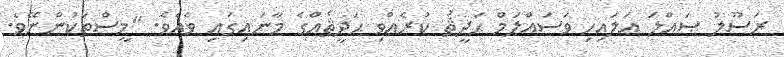
ރަސޫލު ޞައްލަ ޢަލައިހި ވަސައްލަމް ޙަދީޘު ކުރެއްވި ޙަދީޘެއްގެ މާނައިގައި ވެއެވެ. "މީސްތަކުންނޭވެ.